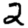
Digit: 2